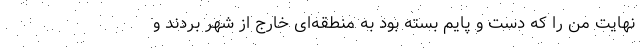
نهایت من را که دست و پایم بسته بود به منطقه‌ای خارج از شهر بردند و